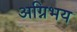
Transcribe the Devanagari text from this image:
अग्निभय